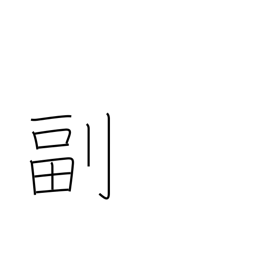
Meaning: duplicate